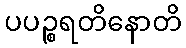
ပပဉ္စရတိနောတိ